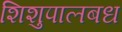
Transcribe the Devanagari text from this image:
शिशुपालबध